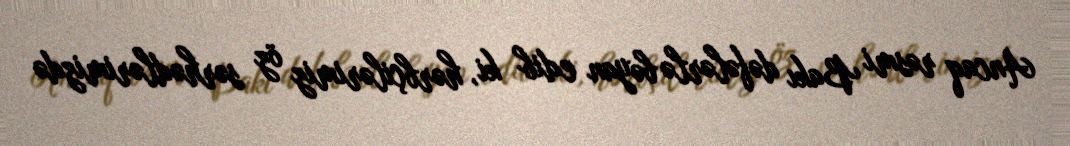
Ancaq rəsmi Bakı dəfələrlə bəyan edib ki, hərbçilərimiz öz sərhədlərimizdə